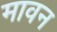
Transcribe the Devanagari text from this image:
मावन